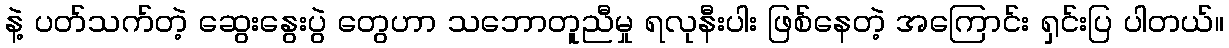
နဲ့ ပတ်သက်တဲ့ ဆွေးနွေးပွဲ တွေဟာ သဘောတူညီမှု ရလုနီးပါး ဖြစ်နေတဲ့ အကြောင်း ရှင်းပြ ပါတယ်။